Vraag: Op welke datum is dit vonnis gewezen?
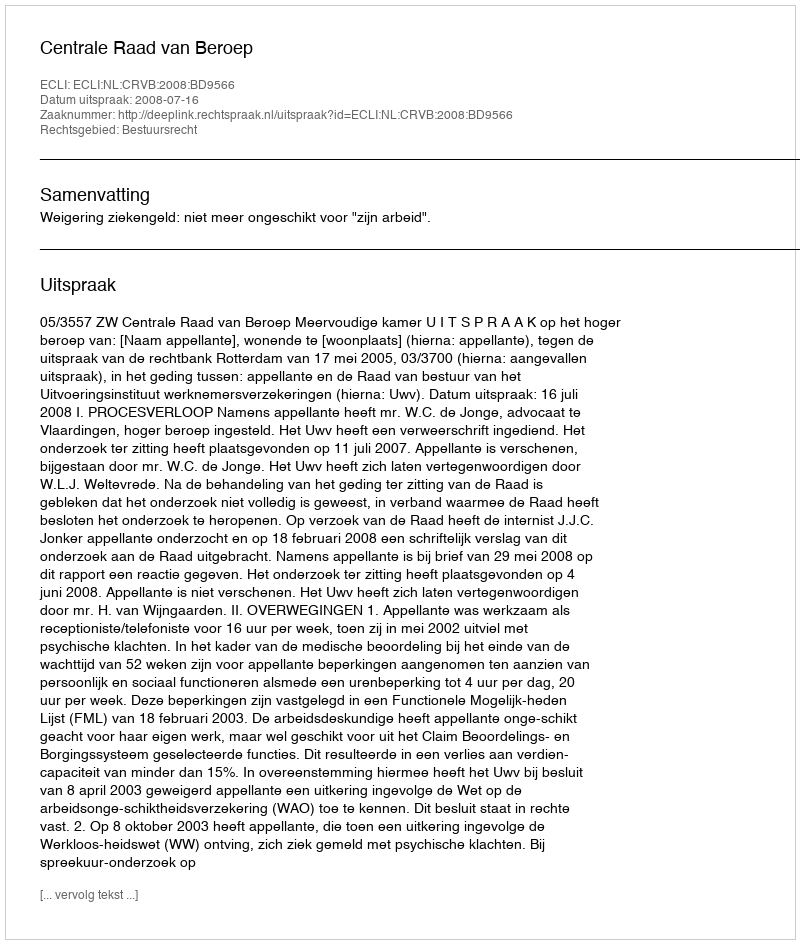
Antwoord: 2008-07-16